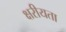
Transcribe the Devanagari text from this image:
क्षरीयता